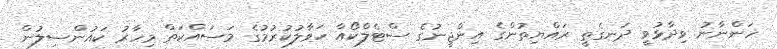
ހަންނާނު ވިދާޅުވީ ދަނގެތީ ރައްޔިތުންގެ އިންޖީނުގެ ސްޓެލްކޯއާ ހަވާލުކުރުމުގެ މަސައްކަތް މިހާރު ކައުންސިލުން